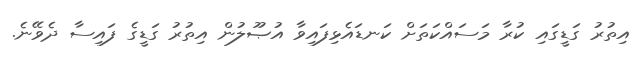
އިތުރު ގަޑީގައި ކުރާ މަސައްކަތަށް ކަނޑައެޅިފައިވާ އުޞޫލުން އިތުރު ގަޑީގެ ފައިސާ ދެވޭނެ.